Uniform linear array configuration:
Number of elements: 64
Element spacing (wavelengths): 1
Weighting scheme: uniform
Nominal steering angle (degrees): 60
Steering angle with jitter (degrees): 58.28
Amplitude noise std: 0.05
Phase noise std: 0.05

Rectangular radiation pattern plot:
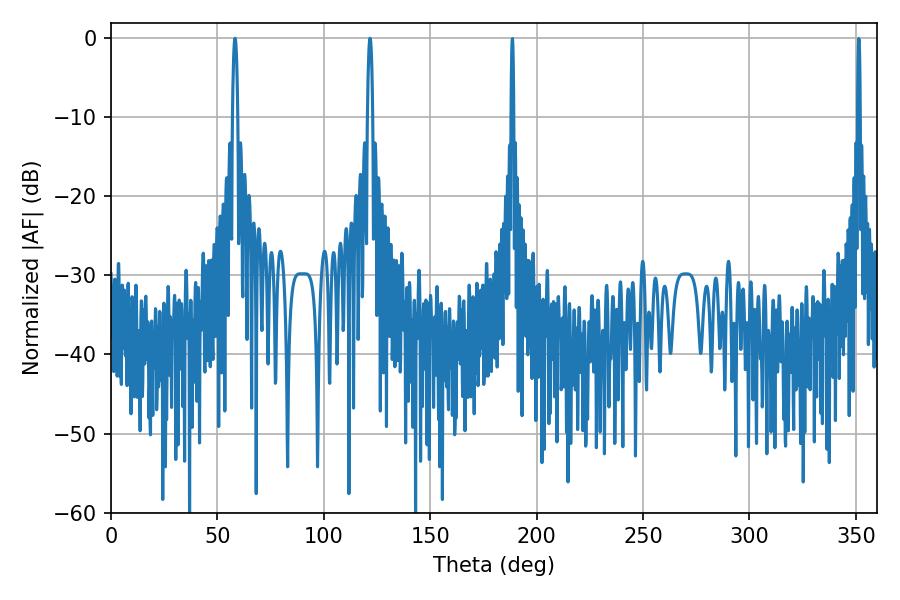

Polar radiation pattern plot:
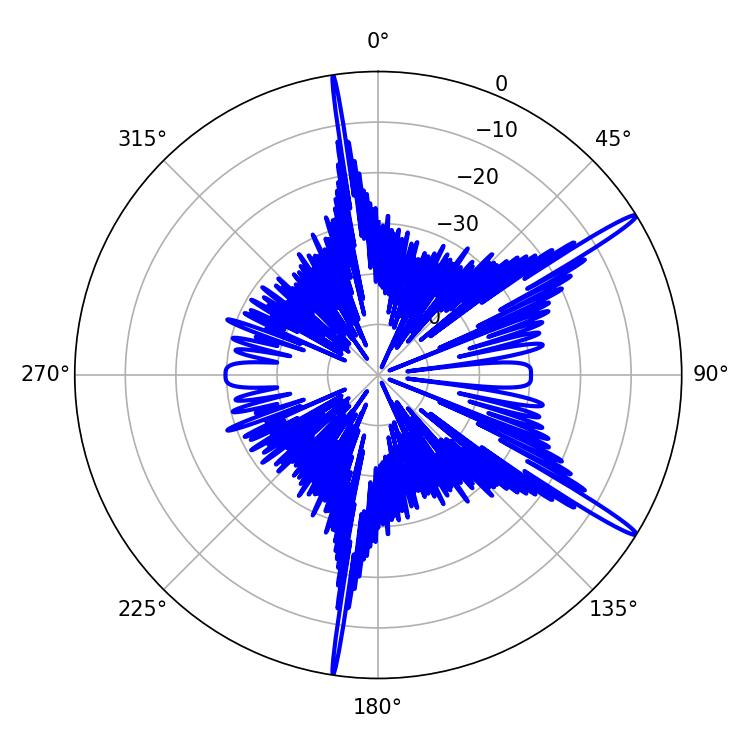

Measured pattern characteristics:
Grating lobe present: TRUE
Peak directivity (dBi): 16.419
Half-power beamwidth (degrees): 1.26
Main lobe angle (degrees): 121.68